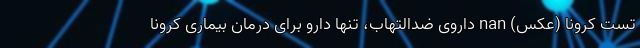
تست کرونا (عکس) nan داروی ضدالتهاب، تنها دارو برای درمان بیماری کرونا